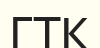
ГТК